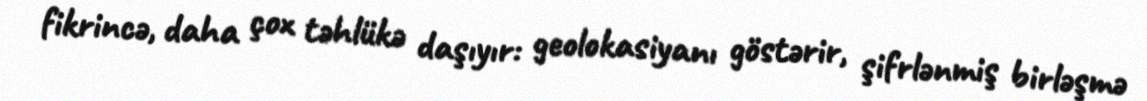
fikrincə, daha çox təhlükə daşıyır: geolokasiyanı göstərir, şifrlənmiş birləşmə